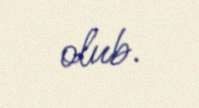
olub.